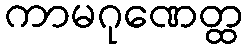
ကာမဂုဏေတ္ထ